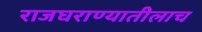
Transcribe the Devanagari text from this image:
राजघराण्यातीलाच